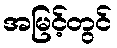
အမြင့်တွင်